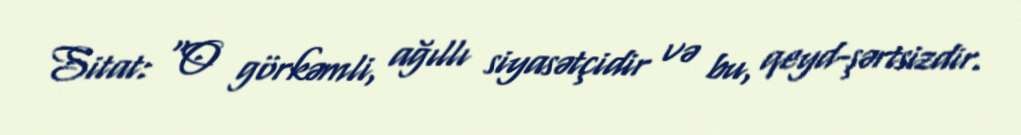
Sitat: “O görkəmli, ağıllı siyasətçidir və bu, qeyd-şərtsizdir.